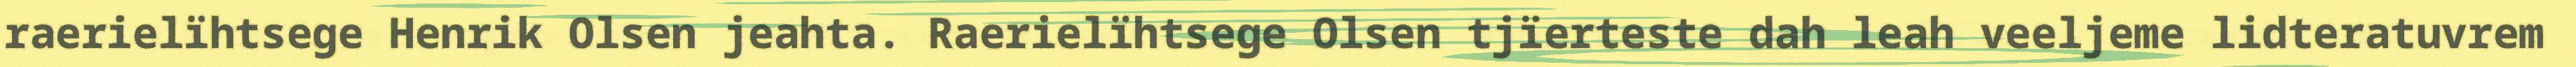
raerielïhtsege Henrik Olsen jeahta. Raerielïhtsege Olsen tjïerteste dah leah veeljeme lidteratuvrem